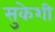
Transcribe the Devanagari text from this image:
सुकेशी